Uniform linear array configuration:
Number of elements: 32
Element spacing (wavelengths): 1
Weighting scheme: cosine
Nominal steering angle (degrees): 30
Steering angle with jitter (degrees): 31.33
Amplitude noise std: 0.05
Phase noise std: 0.05

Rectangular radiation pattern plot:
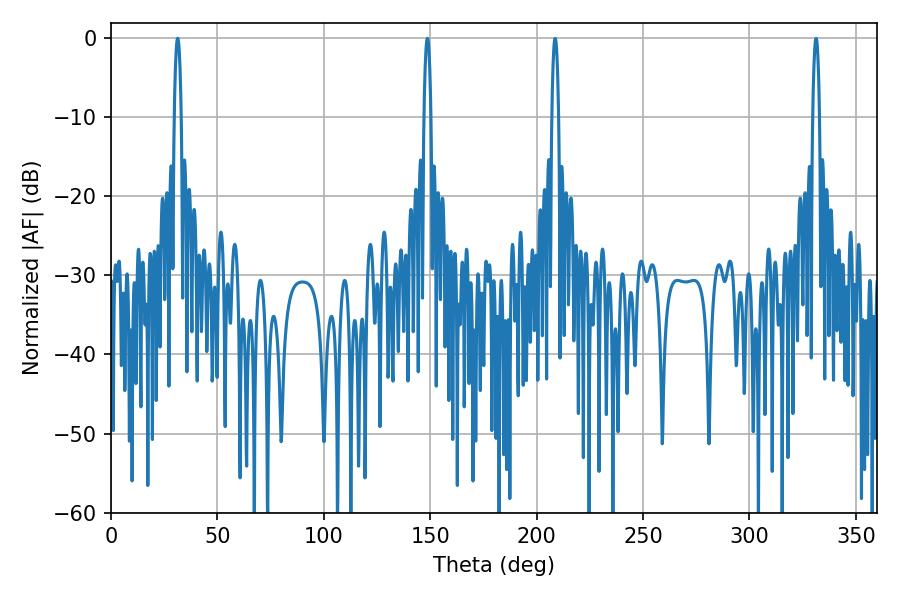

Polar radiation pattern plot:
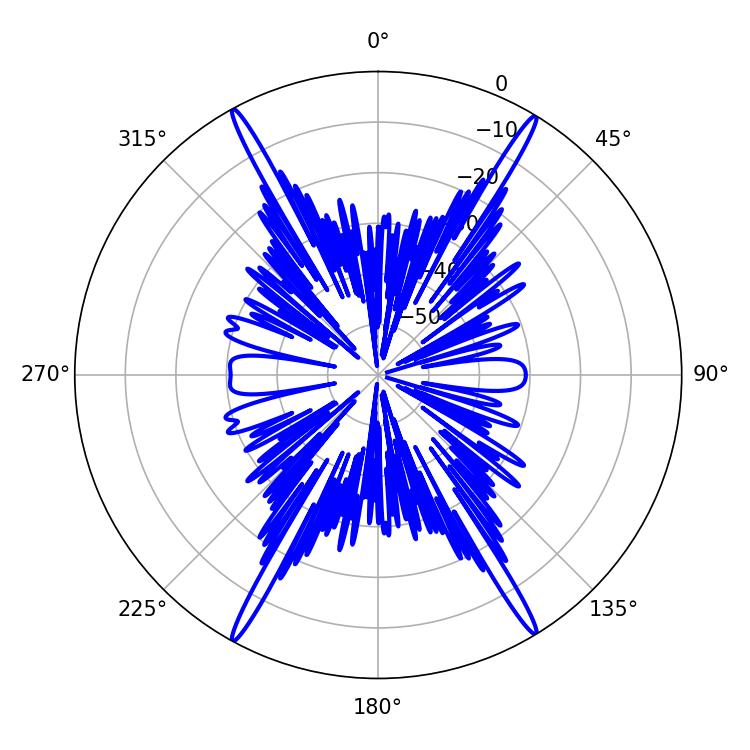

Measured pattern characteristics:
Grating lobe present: TRUE
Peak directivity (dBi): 27.426
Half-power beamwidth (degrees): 1.8
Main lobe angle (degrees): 31.32